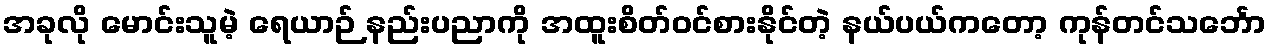
အခုလို မောင်းသူမဲ့ ရေယာဉ် နည်းပညာကို အထူးစိတ်ဝင်စားနိုင်တဲ့ နယ်ပယ်ကတော့ ကုန်တင်သင်္ဘော